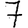
Digit: 7